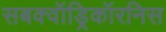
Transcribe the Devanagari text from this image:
सबक्वॉड्रिकॉरनिस